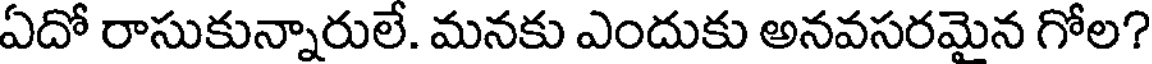
ఏదో రాసుకున్నారులే. మనకు ఎందుకు అనవసరమైన గోల?